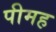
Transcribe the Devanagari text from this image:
पीमह